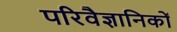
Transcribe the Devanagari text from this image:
परिवैज्ञानिकों